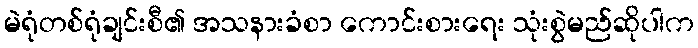
မဲရုံတစ်ရုံချင်းစီ၏ အသနားခံစာ ကောင်းစားရေး သုံးစွဲမည်ဆိုပါက